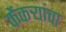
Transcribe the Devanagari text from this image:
केंकर्‍यांचा